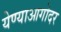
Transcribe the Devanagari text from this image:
येण्याआगोदर